Annual administration report of the Civil Veterinary Department of India - 1894-1895
Year: 1894
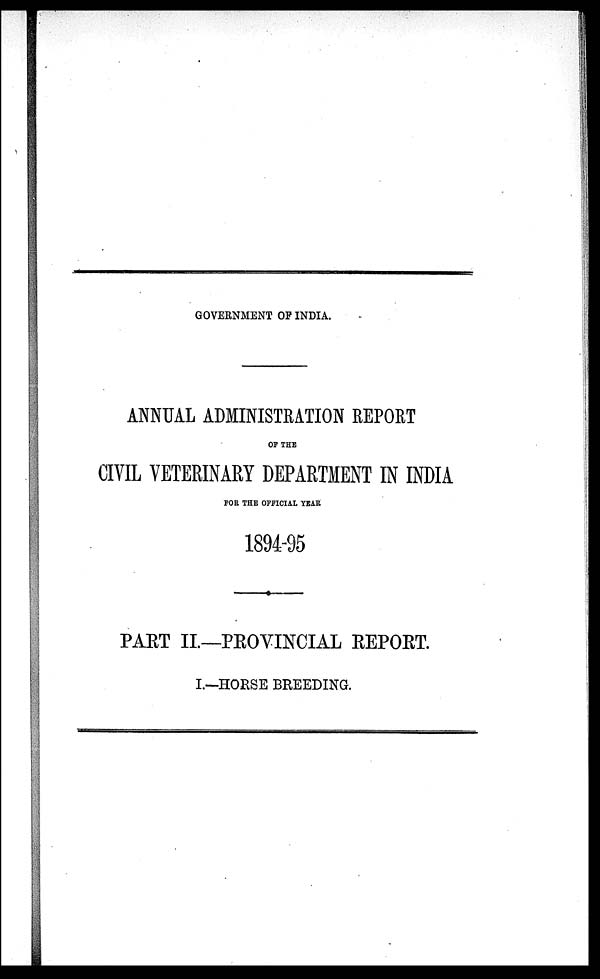
GOVERNMENT OF INDIA.
ANNUAL ADMINISTRATION REPORT
OF THE
CIVIL VETERINARY DEPARTMENT IN INDIA
FOR THE OFFICIAL YEAR
1894-95
PART II.—PROVINCIAL REPORT.
I.—HORSE BREEDING.